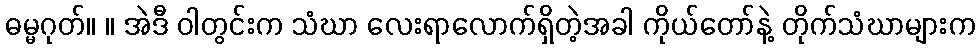
ဓမ္မဂုတ်။ ။ အဲဒီ ဝါတွင်းက သံဃာ လေးရာလောက်ရှိတဲ့အခါ ကိုယ်တော်နဲ့ တိုက်သံဃာများက